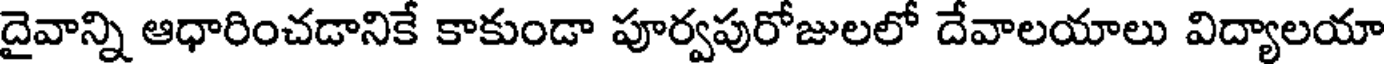
దైవాన్ని ఆధారించడానికే కాకుండా పూర్వపురోజులలో దేవాలయాలు విద్యాలయా